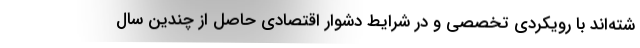
شته‌اند با رویکردی تخصصی و در شرایط دشوار اقتصادی حاصل از چندین سال